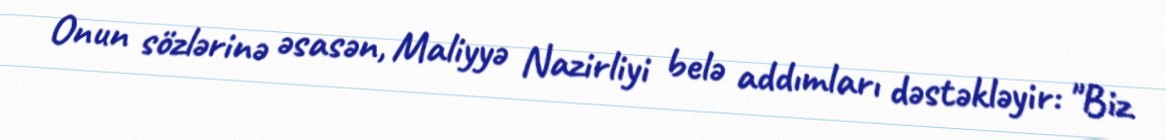
Onun sözlərinə əsasən, Maliyyə Nazirliyi belə addımları dəstəkləyir: "Biz